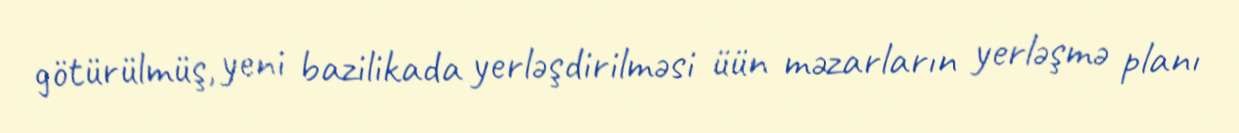
götürülmüş, yeni bazilikada yerləşdirilməsi üün məzarların yerləşmə planı